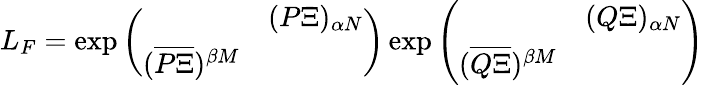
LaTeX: L_{F}=\exp\left(\begin{array}{cc}{{}}&{{(P\Xi)_{\alpha N}}}\\ {{(\overline{{{P\Xi}}})^{\beta M}}}&{{}}\end{array}\right)\exp\left(\begin{array}{cc}{{}}&{{(Q\Xi)_{\alpha N}}}\\ {{(\overline{{{Q\Xi}}})^{\beta M}}}&{{}}\end{array}\right)